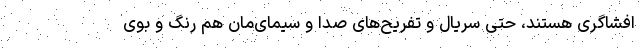
افشاگری هستند، حتی سریال‌ و تفریح‌های صدا و سیمای‌مان هم رنگ و بوی